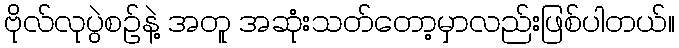
ဗိုလ်လုပွဲစဉ်နဲ့ အတူ အဆုံးသတ်တော့မှာလည်းဖြစ်ပါတယ်။